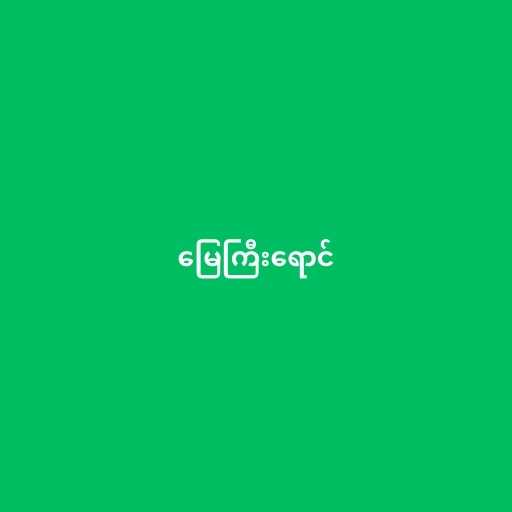
မြေကြီးရောင်